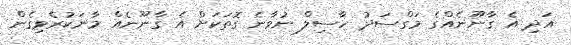
އަދި އެ ގާނޫނެއްގެ މަގްސަދު ހާސިލް ނުވާނެ ގޮތަކަށް އެ ގާނޫނެއް މާނަކުރެވިގެން